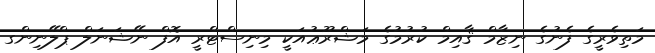
މަތިވެރީގެ ފެނުގެ ނިޒާމް ޤާއިމް ކުރުމުގެ މަޝްރޫޢުއަކީ މިނިސްޓްރީ އޮފް ނޭޝަނަލް ޕްލޭނިންގ